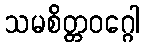
သမစိတ္တဝဂ္ဂေါ